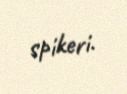
spikeri.